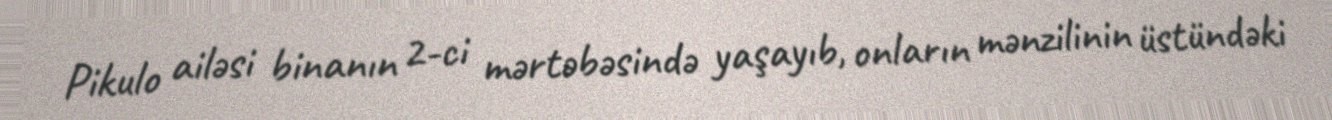
Pikulo ailəsi binanın 2-ci mərtəbəsində yaşayıb, onların mənzilinin üstündəki